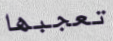
تعجبها